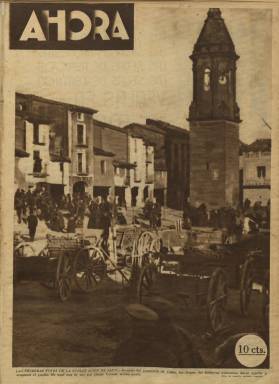
Título: Ahora (Madrid)
Colección: Periódicos
Ámbito geográfico: Madrid
Lugar de publicación: Madrid
Fechas: 16/12/1930-05/12/1938

Algunos ejemplares corresponden a una segunda edición y su contenido puede diferir de la primera, aunque no consta ninguna mención explícita en el original. Es el caso del ejemplar del 26/05/1933, que en su primera edición contiene el artículo de Manuel Chaves Nogales: "La extirpación metódica de los judíos", pero en el ejemplar de esta colección incluye el siguiente artículo de la misma serie. El citado artículo puede encontrarse en el ejemplar digitalizado en la biblioteca Memoria de Madrid.